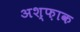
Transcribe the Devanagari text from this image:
अश्फ़ाक